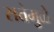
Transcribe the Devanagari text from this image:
सत्तेमुळे